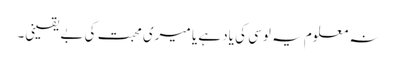
نہ معلوم یہ لوسی کی یاد ہے یا میری محبت کی بے یقینی۔